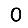
Digit: 0